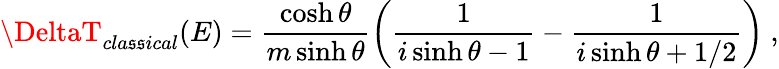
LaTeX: \DeltaT_{cla\mathfrak{s}\mathfrak{s}ical}(E)=\frac{{\cosh\theta}}{{m\sinh\theta}}\left(\frac{{1}}{{i\sinh\theta-1}}-\frac{{1}}{{i\sinh\theta+1/2}}\right)\ ,